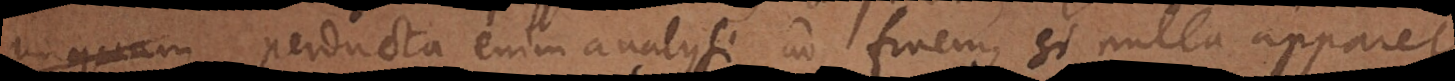
perducta enim analysi ad finem, si nulla apparet